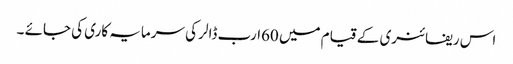
اس ریفائنری کے قیام میں 60ارب ڈالر کی سرمایہ کاری کی جائے ۔